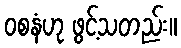
ဝစနံဟု ဖွင့်သတည်း။